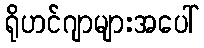
ရိုဟင်ဂျာများအပေါ်